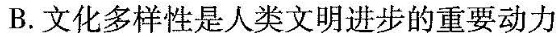
B.文化多样性是人类文明进步的重要动力